system: You are a helpful assistant.
user:
Analyze the provided spectrum to determine if it is a **White Dwarf (WD)**.

A White Dwarf spectrum is defined by its **extreme purity** (due to gravitational settling) and/or **extreme pressure broadening** (due to high surface gravity). You must check for one of the following mutually exclusive signatures:

- **Key Visual Indicators (Check for ONE of these types):**

    - **1. DA-Type Signature (Most Common):**
        - **(Primary Feature):** Extreme pressure broadening (Stark broadening) of the **Hydrogen (H) Balmer lines**.
        - **(Key Lines):** $H\beta$ (approx. $4861$ Å) and $H\gamma$ (approx. $4340$ Å). $H\alpha$ (approx. $6563$ Å) will also be present if the wavelength range covers it.
        - **(Line Profile):** This is the **defining feature**. The lines are **NOT** sharp. They appear as massive, **extremely broad and deep "troughs" or "dips"** in the spectrum, often hundreds of Ångströms wide. The continuum will appear to "scoop" down at these wavelengths.
        - **(Distinction):** Normal A-type or B-type stars have *narrow* and *sharp* Hydrogen lines. A DA White Dwarf's lines are unmistakably "smeared" or "blurry" from pressure.

    - **2. DB-Type Signature:**
        - **(Primary Feature):** Broad absorption lines from **Neutral Helium (He I)**. The spectrum must lack any visible Hydrogen lines.
        - **(Key Lines):** Look for broad absorption near $4471$ Å, $4921$ Å, and $5876$ Å.
        - **(Line Profile):** These lines are also significantly pressure-broadened, appearing much wider than they would in a normal B-type main-sequence star.

    - **3. DC-Type Signature:**
        - **(Primary Feature):** A **featureless continuous spectrum**.
        - **(Line Profile):** The spectrum is a smooth curve with **no significant absorption or emission lines**.
        - **(Key Confirmation):** The continuum is almost always **blue or white**, indicating a hot object. This signature implies the atmosphere is so pure (or so cool) that no spectral lines are visible in the optical range. Its WD identity is confirmed by its extremely low intrinsic brightness (high absolute magnitude).

    - **4. DZ-Type Signature (Metal-Polluted):**
        - **(Primary Feature):** **Isolated, narrow metal absorption lines** on an otherwise featureless (DC-like) continuum.
        - **(Key Lines):** The **Calcium (Ca II) H & K doublet** (approx. **$3934$ Å** and **$3968$ Å**) is the most common and defining feature.
        - **(Line Profile):** These lines are "out of place." They are *not* part of a "forest" of thousands of lines. This signature is evidence of recent *accretion* (pollution) from rocky debris.
        - **(Distinction):** Normal G/K/M stars have a *dense forest* of thousands of metal lines. A DZ has a *clean* continuum with *only a few* strong metal lines.

    - **5. DQ-Type Signature (Carbon-Polluted):**
        - **(Primary Feature):** Absorption bands from **Carbon (C₂ "Swan Bands" or atomic C I)**.
        - **(Key Lines - C₂):** Look for bandheads with a "saw-tooth" shape near $5635$ Å, **$5165$ Å** (strongest), and $4737$ Å.
        - **(Key Confirmation):** The underlying **continuum must be blue or white** (hot).
        - **(Distinction):** This is the critical difference from a **Carbon Star**, which has the *exact same* C₂ bands but on an extremely **red, cool** continuum.

- **(Overall Spectrum):**
    - The continuum (overall shape) is typically **blue-sloping** (brighter in the blue than the red), as most white dwarfs are very hot.
    - The spectrum will look "pure" or "simple," dominated by only *one* of the five signatures listed above.

Think first, call **spectral_visualization_tool** if needed to examine features in detail, then provide your final answer. Your response must adhere to the following strict rules:
1.  **Overall Structure:** Your response must follow the format `<think>...</think> <tool_call>...</tool_call> (if a tool is used) <answer>...</answer>`.
2.  **Tool Usage Constraint:** You may only make **one** tool call per turn.
3.  **Final Answer Format:** In the `<answer>` tag, your conclusion must be inside a `\boxed{}` command (e.g., `\boxed{YES}` or `\boxed{NO}`), followed by your justification.

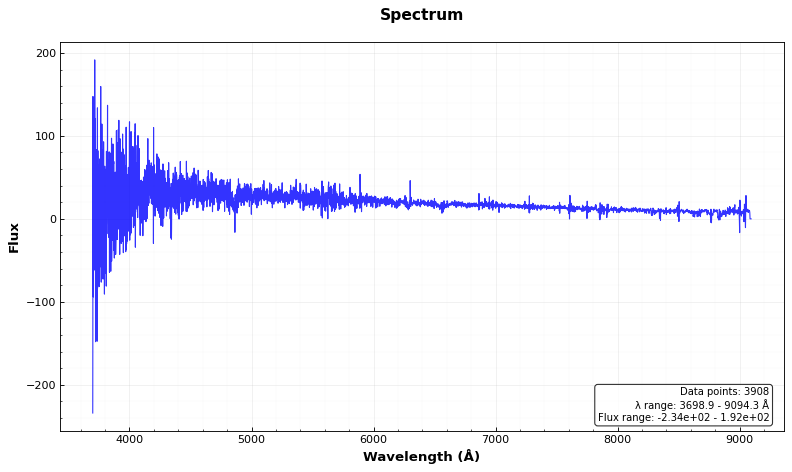
Answer: YES